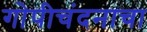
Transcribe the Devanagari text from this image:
गोपीचंदनाचा